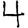
Digit: 4